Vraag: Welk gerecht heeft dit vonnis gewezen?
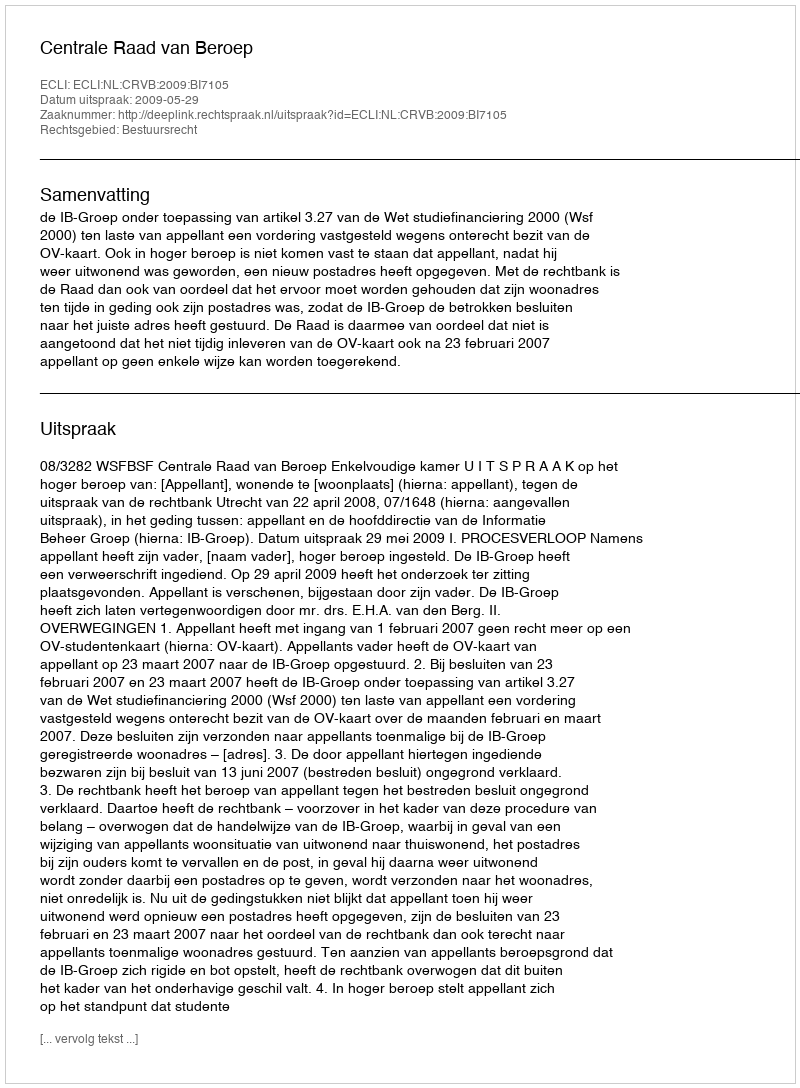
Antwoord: Centrale Raad van Beroep